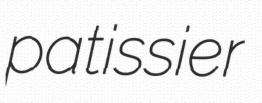
patissier